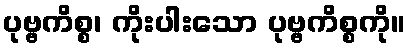
ပုဗ္ဗကိစ္စ၊ ကိုးပါးသော ပုဗ္ဗကိစ္စကို။